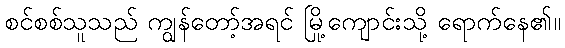
စင်စစ်သူသည် ကျွန်တော့်အရင် မြို့ကျောင်းသို့ ရောက်နေ၏။